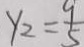
y _ { 2 } = \frac { 9 } { 5 }